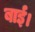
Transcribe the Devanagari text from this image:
बाई।